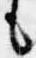
も